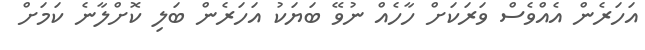
އަހަރެން އެއްވެސް ވަރަކަށް ހާހެއް ނުވޭ ބަޔަކު އަހަރެން ބަލި ކޮށްލާނެ ކަމަށް